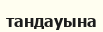
тандауына